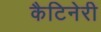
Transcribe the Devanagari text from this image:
कैटिनेरी